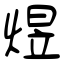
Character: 煜